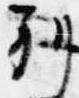
別